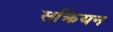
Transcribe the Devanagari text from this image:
सक्रियन